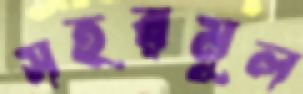
সহরমূল